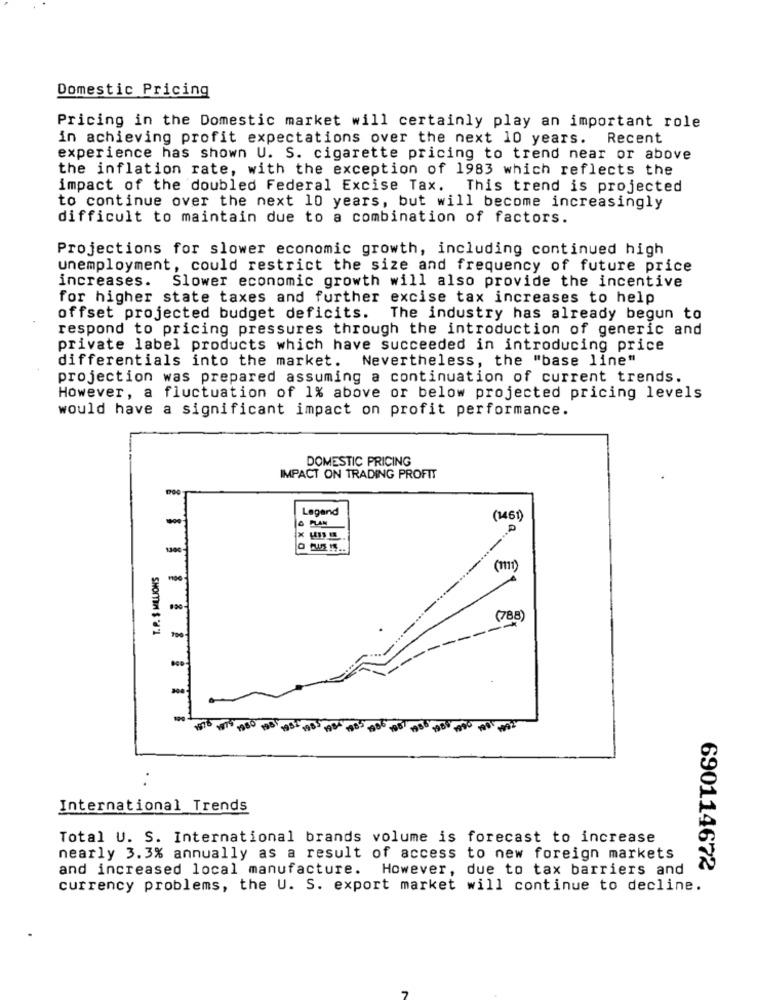
Domestic Pricing
Pricing in the Domestic market will certainly play an important role
in achieving profit expectations over the next 10 years. Recent
experience has shown U. S. cigarette pricing to trend near or above
the inflation rate, with the exception of 1983 which reflects the
impact of the doubled Federal Excise Tax. This trend is projected
to continue over the next 10 years, but will become increasingly
difficult to maintain due to a combination of factors.
Projections for slower economic growth, including continued high
unemployment, could restrict the size and frequency of future price
increases. Slower economic growth will also provide the incentive
for higher state taxes and further excise tax increases to help
offset projected budget deficits. The industry has already begun to
respond to pricing pressures through the introduction of generic and
private label products which have succeeded in introducing price
differentials into the market. Nevertheless, the "base line"
projection was prepared assuming a continuation of current trends.
However, a fluctuation of 1% above or below projected pricing levels
would have a significant impact on profit performance.
DOMESTIC PRICING
IMPACT ON TRADING PROFIT
Legend
-
SPLAN
(1461)
P
(1111)
-
(788)
SHOPIN $ 81
International Trends
Total U. S. International brands volume is forecast to increase
nearly 3.3% annually as a result of access to new foreign markets
and increased local manufacture. However, due to tax barriers and
690114672
currency problems, the U. S. export market will continue to decline.